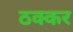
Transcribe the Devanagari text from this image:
ठक्‍कर